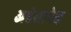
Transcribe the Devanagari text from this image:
अहंसापेक्ष